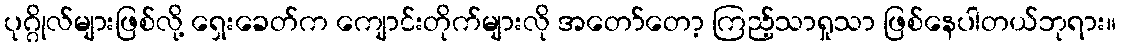
ပုဂ္ဂိုလ်များဖြစ်လို့ ရှေးခေတ်က ကျောင်းတိုက်များလို အတော်တော့ ကြည့်သာရှုသာ ဖြစ်နေပါတယ်ဘုရား။